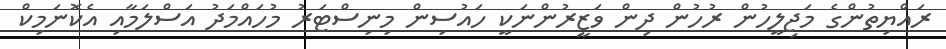
ރައްޔިތުންގެ މަޖިލީހުން ރުހުން ދިން ވަޒީރުންނަކީ ހައުސިން މިނިސްޓަރު މުހައްމަދު އަސްލަމާއި އެކޮނަމިކް